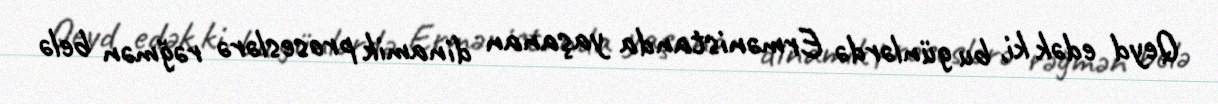
Qeyd edək ki, bu günlərdə Ermənistanda yaşanan dinamik proseslərə rəğmən belə